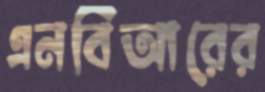
এনবিআরের